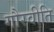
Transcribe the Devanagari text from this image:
गौरवीति